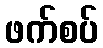
ဖက်စပ်